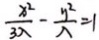
\frac { x ^ { 2 } } { 3 \lambda } - \frac { y ^ { 2 } } { \lambda } = 1